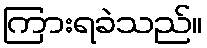
ကြားရခဲသည်။